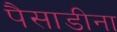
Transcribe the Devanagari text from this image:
पैसाडीना